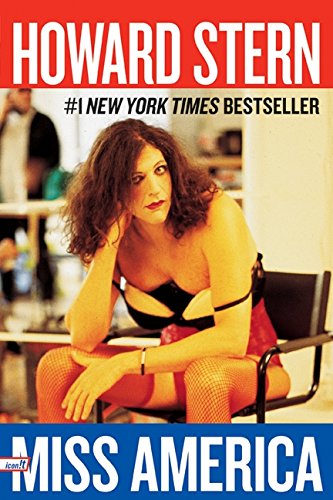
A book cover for Miss America; Howard Stern; Humor & Entertainment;